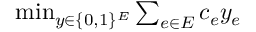
\begin{array} { r } { \operatorname* { m i n } _ { y \in \{ 0 , 1 \} ^ { E } } \sum _ { e \in E } c _ { e } y _ { e } } \end{array}